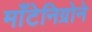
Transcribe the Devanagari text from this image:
माँटेनिग्रोने